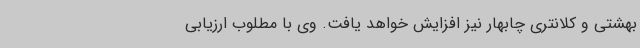
بهشتی و کلانتری چابهار نیز افزایش خواهد یافت. وی با مطلوب ارزیابی